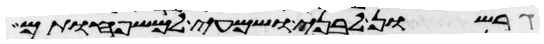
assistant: גרשון לבני ושמעי למשפחותם